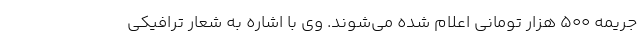
جریمه ۵۰۰ هزار تومانی اعلام شده می‌شوند. وی با اشاره به شعار ترافیکی